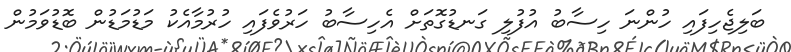
ބަލިޖެހިފައި ހުންނަ ހިސާބު އުފުލި ގަނޑުގޮތަށް އެހިސާބު ހަރުވެފައި ހުރުމާއެކު މަޑުމަޑުން ބޮޑުވަމުން